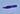
Text: -